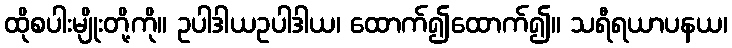
ထိုစပါးမျိုးတို့ကို။ ဥပါဒါယဥပါဒါယ၊ ထောက်၍ထောက်၍။ သရီရယာပနယ၊